Serum-therapy of plague in India - Number 20
Disease focus: Plague
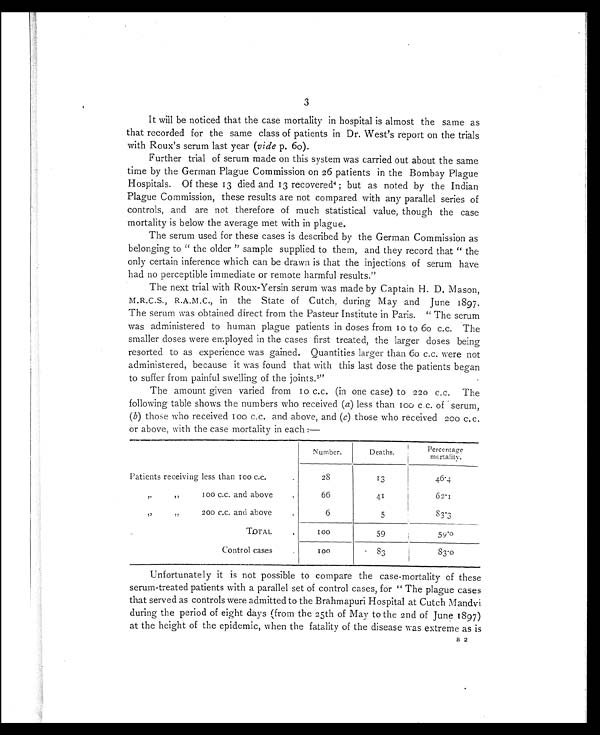
3
It will be noticed that the case mortality in hospital is almost the same as
that recorded for the same class of patients in Dr. West's report on the trials
with Roux's serum last year (vide p. 60).
Further trial of serum made on this system was carried out about the same
time by the German Plague Commission on 26 patients in the Bombay Plague
Hospitals. Of these 13 died and 13 recovered 4 ; but as noted by the Indian
Plague Commission, these results are not compared with any parallel series of
controls, and are not therefore of much statistical value, though the case
mortality is below the average met with in plague.
The serum used for these cases is described by the German Commission as
belonging to " the older " sample supplied to them, and they record that " the
only certain inference which can be drawn is that the injections of serum have
had no perceptible immediate or remote harmful results."
The next trial with Roux-Yersin serum was made by Captain H. D. Mason,
M .
R . C . S . , R . A . M . C . ,
i n t h e S t a t e o f C u t c h , d u r i n g M a y a n d J u n e 1 8 9 7 .
The serum was obtained direct from the Pasteur Institute in Paris. " The serum
was administered to human plague patients in doses from 10 to 6o c.c. The
smaller closes were employed in the cases first treated, the larger doses being
resorted to as experience was gained. Quantities larger than 60 c.c. were not
administered, because it was found that with this last dose the patients began
to suffer from painful swelling of the joints.5"
The amount given varied from 10 c.c. (in one case) to 220 c.c. The
following table shows the numbers who received (a) less than 100 c c. of serum,
(b) those who received 100 c.c. and above, and (c) those who received 200 c.c.
or above, with the case mortality in each :—
Number.
Deaths.
Percentage m o r t a l i t y .
Patients receiving less than 100 c.c.
.
28
13
4 6 . 4
""100
c.c. and above
•
66
41
6 4 . 1
"
"
200 c.c. and above
.
6
5
8 3 . 3
TOTAL
.
1 0 0
59
59.0
Control cases
.
1 0 0
. 8 3
8 3 . 0
Unfortunately it is not possible to compare the case-mortality of these
serum-treated patients with a parallel set of control cases, for " The plague cases
that served as controls were admitted to the Brahmapuri Hospital at Cutch Mandvi
during the period of eight days (from the 25th of May to the 2nd of June 1897)
at the height of the epidemic, when the fatality of the disease was extreme as is
B 2